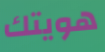
هويتك